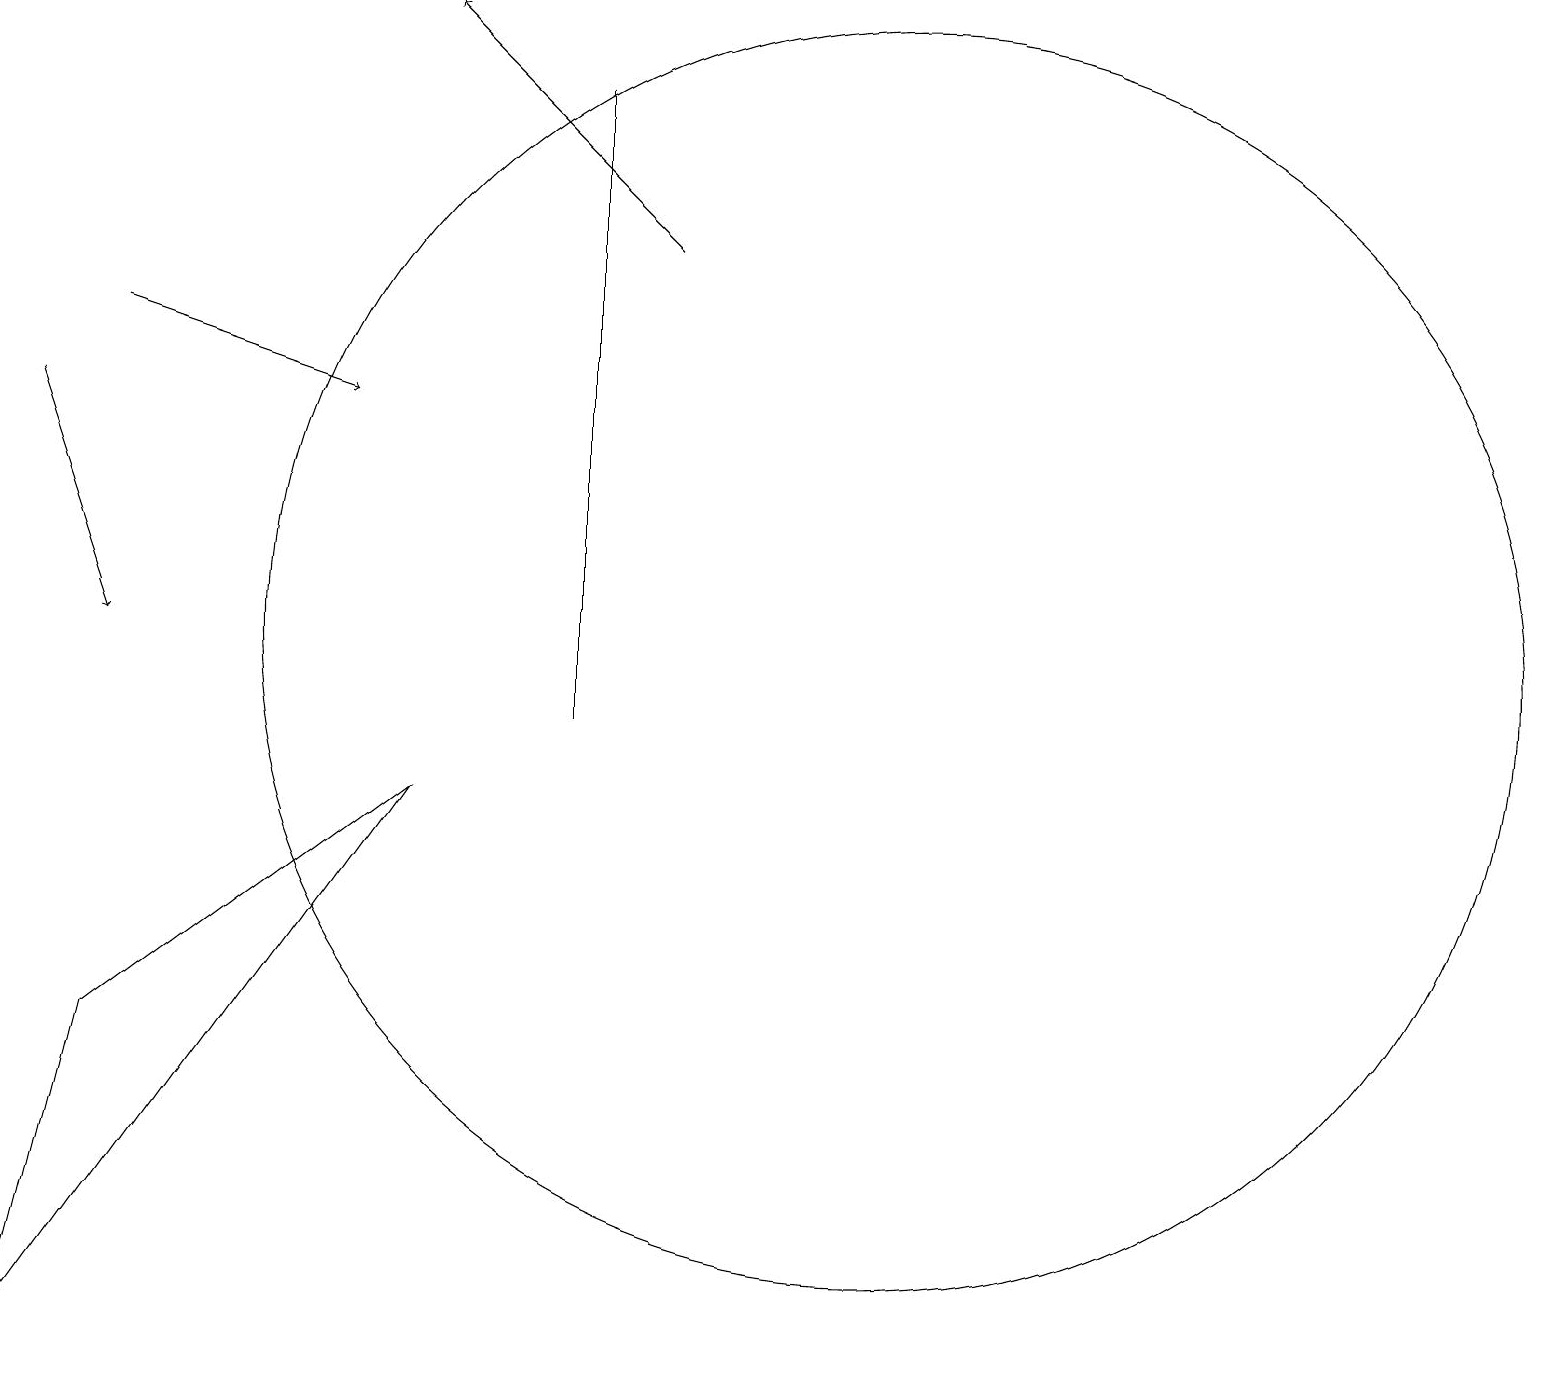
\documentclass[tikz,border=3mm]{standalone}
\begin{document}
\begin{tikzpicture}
\draw[->] (0,14) -- (1,11);
\draw[->] (1,15) -- (4,14);
\draw (5,9) -- (0,2) -- (1,6) -- cycle;
\draw (7,10) rectangle (7,18);
\draw[->] (8,16) -- (5,19);
\draw (11,11) circle (8);
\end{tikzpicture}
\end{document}